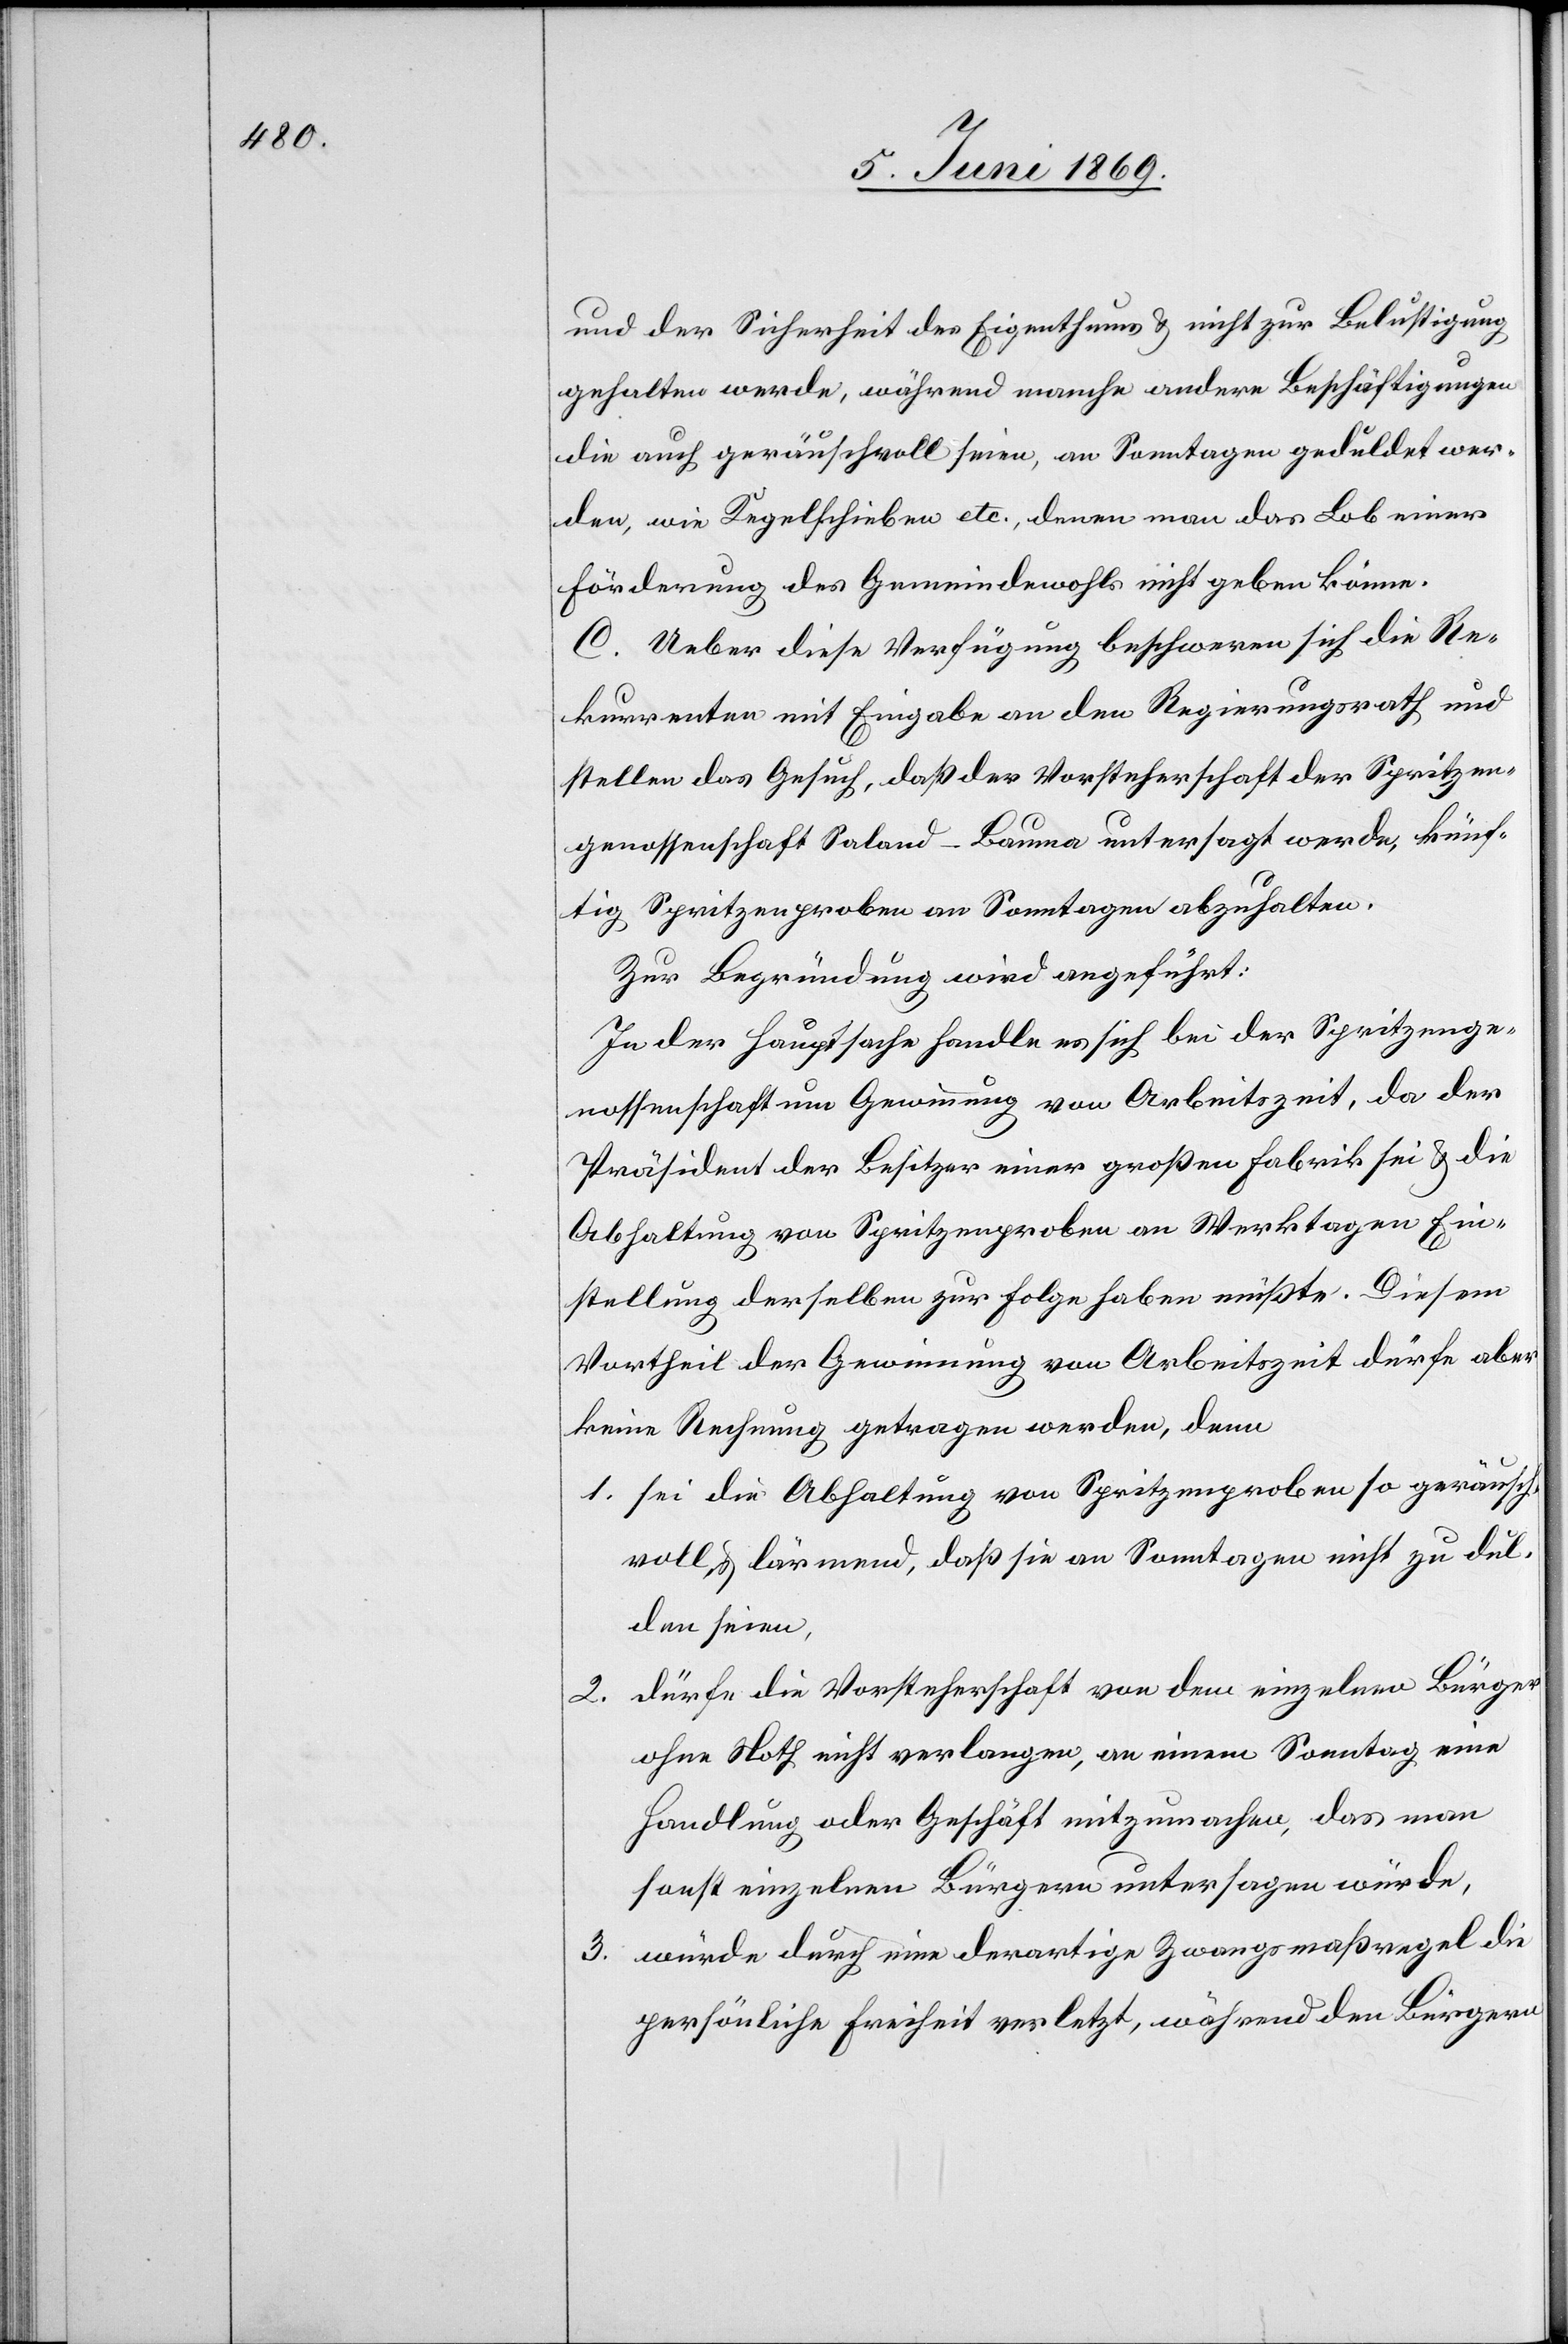
und der Sicherheit des Eigenthums u. nicht zur Beseitigung
gehalten werde, während manche andere Beschäftigungen
die auch geräuschvoll seien, an Sonntagen geduldet wer¬
den, wie Kegelschieben etc., denen man das Lob einer
Förderung des Gemeindewohls nicht geben könne.
C. Ueber diese Verfügung beschweren sich die Re¬
kurrenten mit Eingabe an den Regierungsrath und
stellen das Gesuch, daß der Vorsteherschaft der Spritzen¬
genossenschaft Saland - Bauma untersagt werde, künf¬
tig Spritzenproben an Sonntagen abzuhalten.
Zur Begründung wird angeführt:
In der Hauptsache handle es sich bei der Spritzenge¬
nossenschaft um Gewinnung von Arbeitszeit, da der
Präsident der Besitzer einer großen Fabrik sei u. die
Abhaltung von Spritzenproben an Werktagen Ein¬
stellung derselben zur Folge haben müßte. Diesem
Vortheil der Gewinnung von Arbeitszeit dürfe aber
keine Rechnung getragen werden, denn
1. sei die Abhaltung von Spritzenproben so geräusch¬
voll u. lärmend, daß sie an Sonntagen nicht zu dul¬
den sei.
dürfe die Vorsteherschaft von dem einzelnen Bürger
2.
ohne Noth nicht verlangen, an einem Sonntag eine
Handlung oder Geschäft mitzumachen, das man
sonst einzelnen Bürgern untersagen würde,
3. würde durch eine derartige Zwangsmaßregel die
persönliche Freiheit verletzt, während den Bürgern